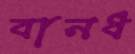
বানধ